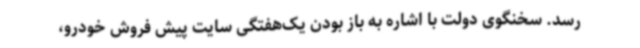
رسد. سخنگوی دولت با اشاره به باز بودن یک‌هفتگی سایت پیش فروش خودرو،